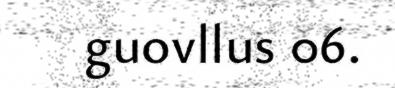
guovllus 06.